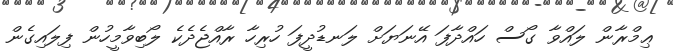
ޢިމްރާން ލައްވާ ގޯސް ހައްދާފަ އޭނަޔަށް ލަނޑުދީފަ ހުރިހާ ރާއްޖެދެކެ ލޯބިވާމީހުން ފިލައިގެން